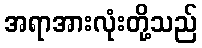
အရာအားလုံးတို့သည်